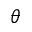
\theta